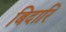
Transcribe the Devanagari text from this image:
बिदारि